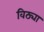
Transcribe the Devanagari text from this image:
विठ्या